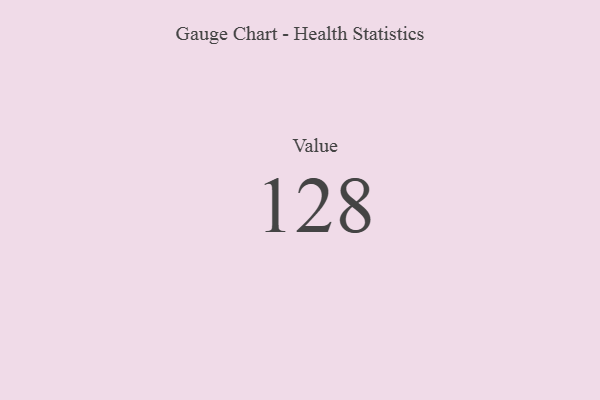
{"axis": {"x": "Metric", "y": "Value"}, "legend": [""], "data": [{"x": "Value", "y": 128, "type": ""}]}